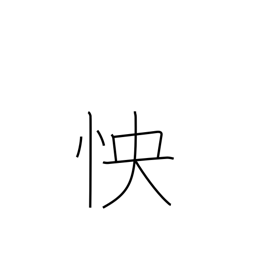
Meaning: grudge